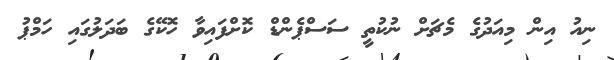
ނިއު އިން މިއަދުގެ މެޗަށް ނުކުތީ ސަސްޕެންޑް ކޮށްފައިވާ ހޮކޭގެ ބަދަލުގައި ހަމްޕު